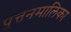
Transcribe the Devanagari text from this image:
पुत्तनमालिका